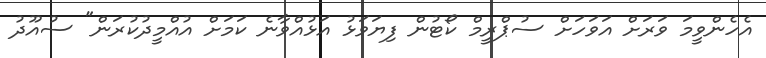
އެހެންވީމަ ވަރަށް އަވަހަށް ސުޕްރީމް ކޯޓުން ފިޔަވަޅު އަޅުއްވާނެ ކަމަށް އުއްމީދުކުރަން" ސުއޫދު